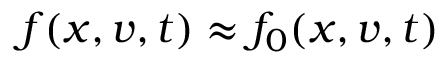
f ( x , v , t ) \approx f _ { 0 } ( x , v , t )